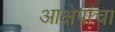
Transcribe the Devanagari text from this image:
आक्षेपांचा